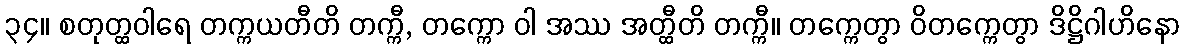
၃၄။ စတုတ္ထဝါရေ တက္ကယတီတိ တက္ကီ, တက္ကော ဝါ အဿ အတ္ထီတိ တက္ကီ။ တက္ကေတွာ ဝိတက္ကေတွာ ဒိဋ္ဌိဂါဟိနော